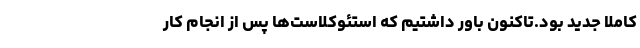
کاملاً جدید بود.تاکنون باور داشتیم که استئوکلاست‌ها پس از انجام کار